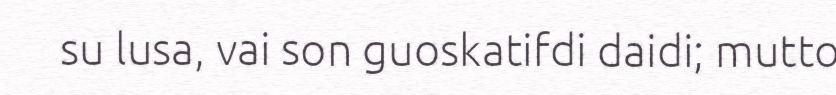
su lusa, vai son guoskatifdi daidi; mutto